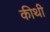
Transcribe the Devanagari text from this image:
कीथी